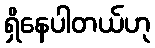
ရှိနေပါတယ်ဟု